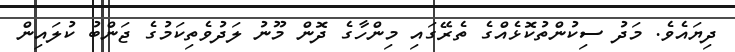
ދިޔައެވެ. މަދު ސިކުންތުކޮޅެއްގެ ތެރޭގައި މިންހާގެ ދޮން މޫނު ލަދުވެތިކަމުގެ ޖަންބު ކުލައިން